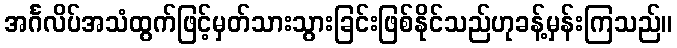
အင်္ဂလိပ်အသံထွက်ဖြင့်မှတ်သားသွားခြင်းဖြစ်နိုင်သည်ဟုခန့်မှန်းကြသည်။